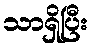
သာရှိပြီး